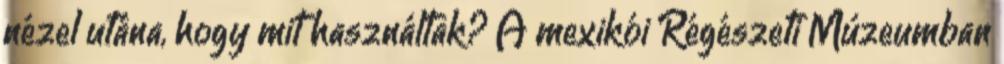
nézel utána, hogy mit használtak? A mexikói Régészeti Múzeumban